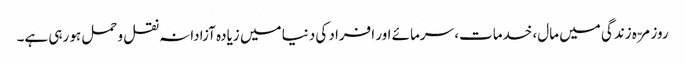
روزمرّہ زندگی میں مال، خدمات، سرمائے اور افراد کی دنیا میں زیادہ آزادانہ نقل و حمل ہو رہی ہے۔